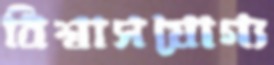
বিশ্বাসযোগ্য